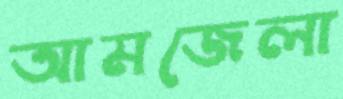
আমজেলা